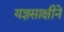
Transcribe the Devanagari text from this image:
यज्ञसाक्षीने